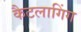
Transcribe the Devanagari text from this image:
कैटलागिंग